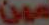
مين